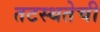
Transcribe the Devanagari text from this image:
तटस्थतेची